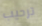
ترحيب